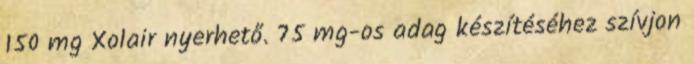
150 mg Xolair nyerhető. 75 mg-os adag készítéséhez szívjon